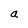
Character: a